Statistical return of the lunatic asylum in Assam - 1912-1932
Year: 1912
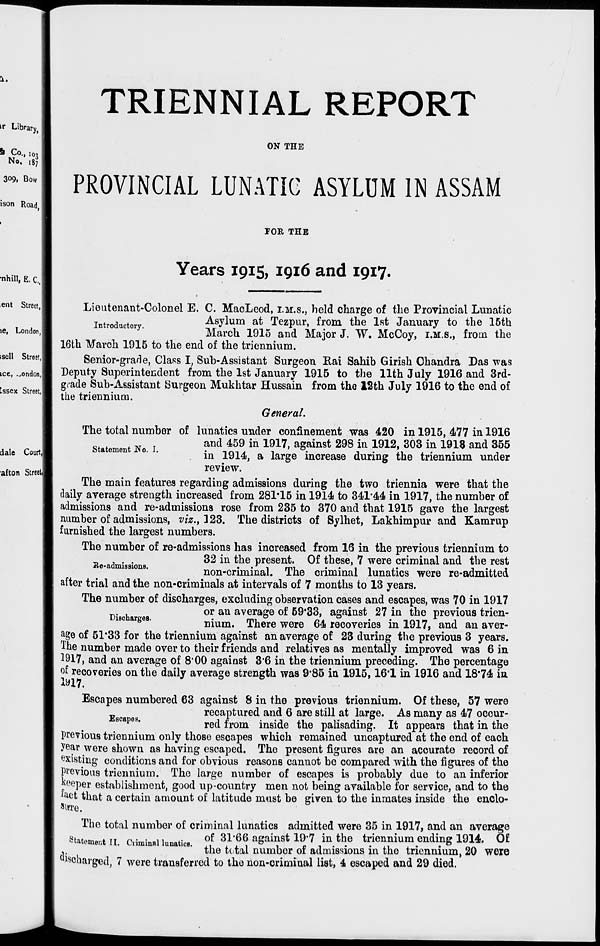
TRIENNIAL REPORT
ON THE
PROVINCIAL LUNATIC ASYLUM IN ASSAM
FOR THE
Years 1915, 1916 and 1917.
Statement No. I.
Lieutenant-Colonel E. C. MacLeod, I.M.S., held charge of the Provincial Lunatic
introductory
Asylum at Tezpur, from the 1st January to the 15th
March 1915 and Major J. "W. McCoy, I.M.S., from the
16th March 1915 to the end of the triennium.
Senior-grade, Class I, Sub-Assistant Surgeon Rai Sahib Girish Chandra Das was
Deputy Superintendent from the 1st January 1915 to the 11th J uly 1916 and 3rd-
grade Sub-Assistant Surgeon Mukhtar Hussain from the 12th July 1916 to the end of
the triennium.
General.
The total number of lunatics under confinement was 420 in 1915, 477 in 1916
and 459 in 1917, against 298 in 1912, 303 in 1918 and 355
in 1914, a large increase during the triennium under
review.
The main features regarding admissions during the two triennia were that the
daily average strength increased from 281*15 in 1914 to 341*44 in 1917, the number of
admissions and re-admissions rose from 235 to 370 and that 1915 gave the largest
number of admissions, viz., 323. The districts of Sylhet, Lakhimpur and Kamrup
furnished the largest numbers.
The number of re-admissions has increased from 16 in the previous triennium to
.
32 in the present. Of these, 7 were criminal and the rest
non-criminal. The criminal lunatics were re-admitted
after trial and the non-criminals at intervals of 7 months to 13 years.
The number of discharges, excluding observation cases and escapes, was 70 in 1917
or an average of 59*33, against 27 in the previous trien-
lsc arges.
nium. There were 64 recoveries in 1917, and an aver-
age of 51*33 for the triennium against an average of 23 during the previous 3 years.
The number made over to their friends and relatives as mentally improved was 6 in
1917, and an average of 8'00 against 3*6 in the triennium preceding. The percentage
of recoveries on the daily average strength was 9*85 in 1915,16*1 in 1916 and 18*74 in
Ml.
Escapes numbered 63 against 8 in the previous triennium. Of these, 57 were
recaptured and 6 are still at large. As many as 47 occur-
scape3 *
red from inside the palisading. It appears that in the
previous triennium only those escapes which remained uncaptured at the end of each
year were shown as having escaped. The present figures are an accurate record of
existing conditions and for obvious reasons cannot be compared with the figures of the
previous triennium. The large number of escapes is probably due to an inferior
peeper establishment, good up-country men not being available for service, and to the
*&ot that a certain amount of latitude must be given to the inmates inside the enclo-
sure.
The total number of criminal lunatics admitted were 35 in 1917, and an average
8tah»m..» TT n • • n *
of 31*66 against 19'7 in the triennium ending 1914. Of
■statement II. Criminal lunatics.
,.
7, , ° ,
„ , . .
. ,.
.
. °
nrk
,,
the total number ot admissions in the triennium, 20 were
discharged, 7 were transferred to the non-criminal list, 4 escaped and 29 died.